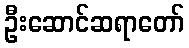
ဦးဆောင်ဆရာတော်